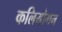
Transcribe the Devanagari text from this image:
कलियोगम